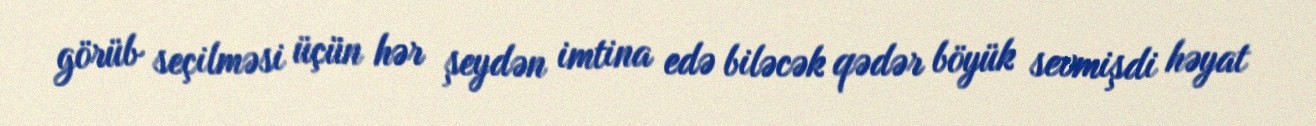
görüb seçilməsi üçün hər şeydən imtina edə biləcək qədər böyük sevmişdi həyat